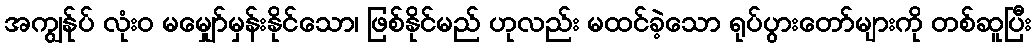
အကျွန်ုပ် လုံးဝ မမျှော်မှန်းနိုင်သော၊ ဖြစ်နိုင်မည် ဟုလည်း မထင်ခဲ့သော ရုပ်ပွားတော်များကို တစ်ဆူပြီး